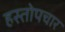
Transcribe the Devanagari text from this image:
हस्तोपचार